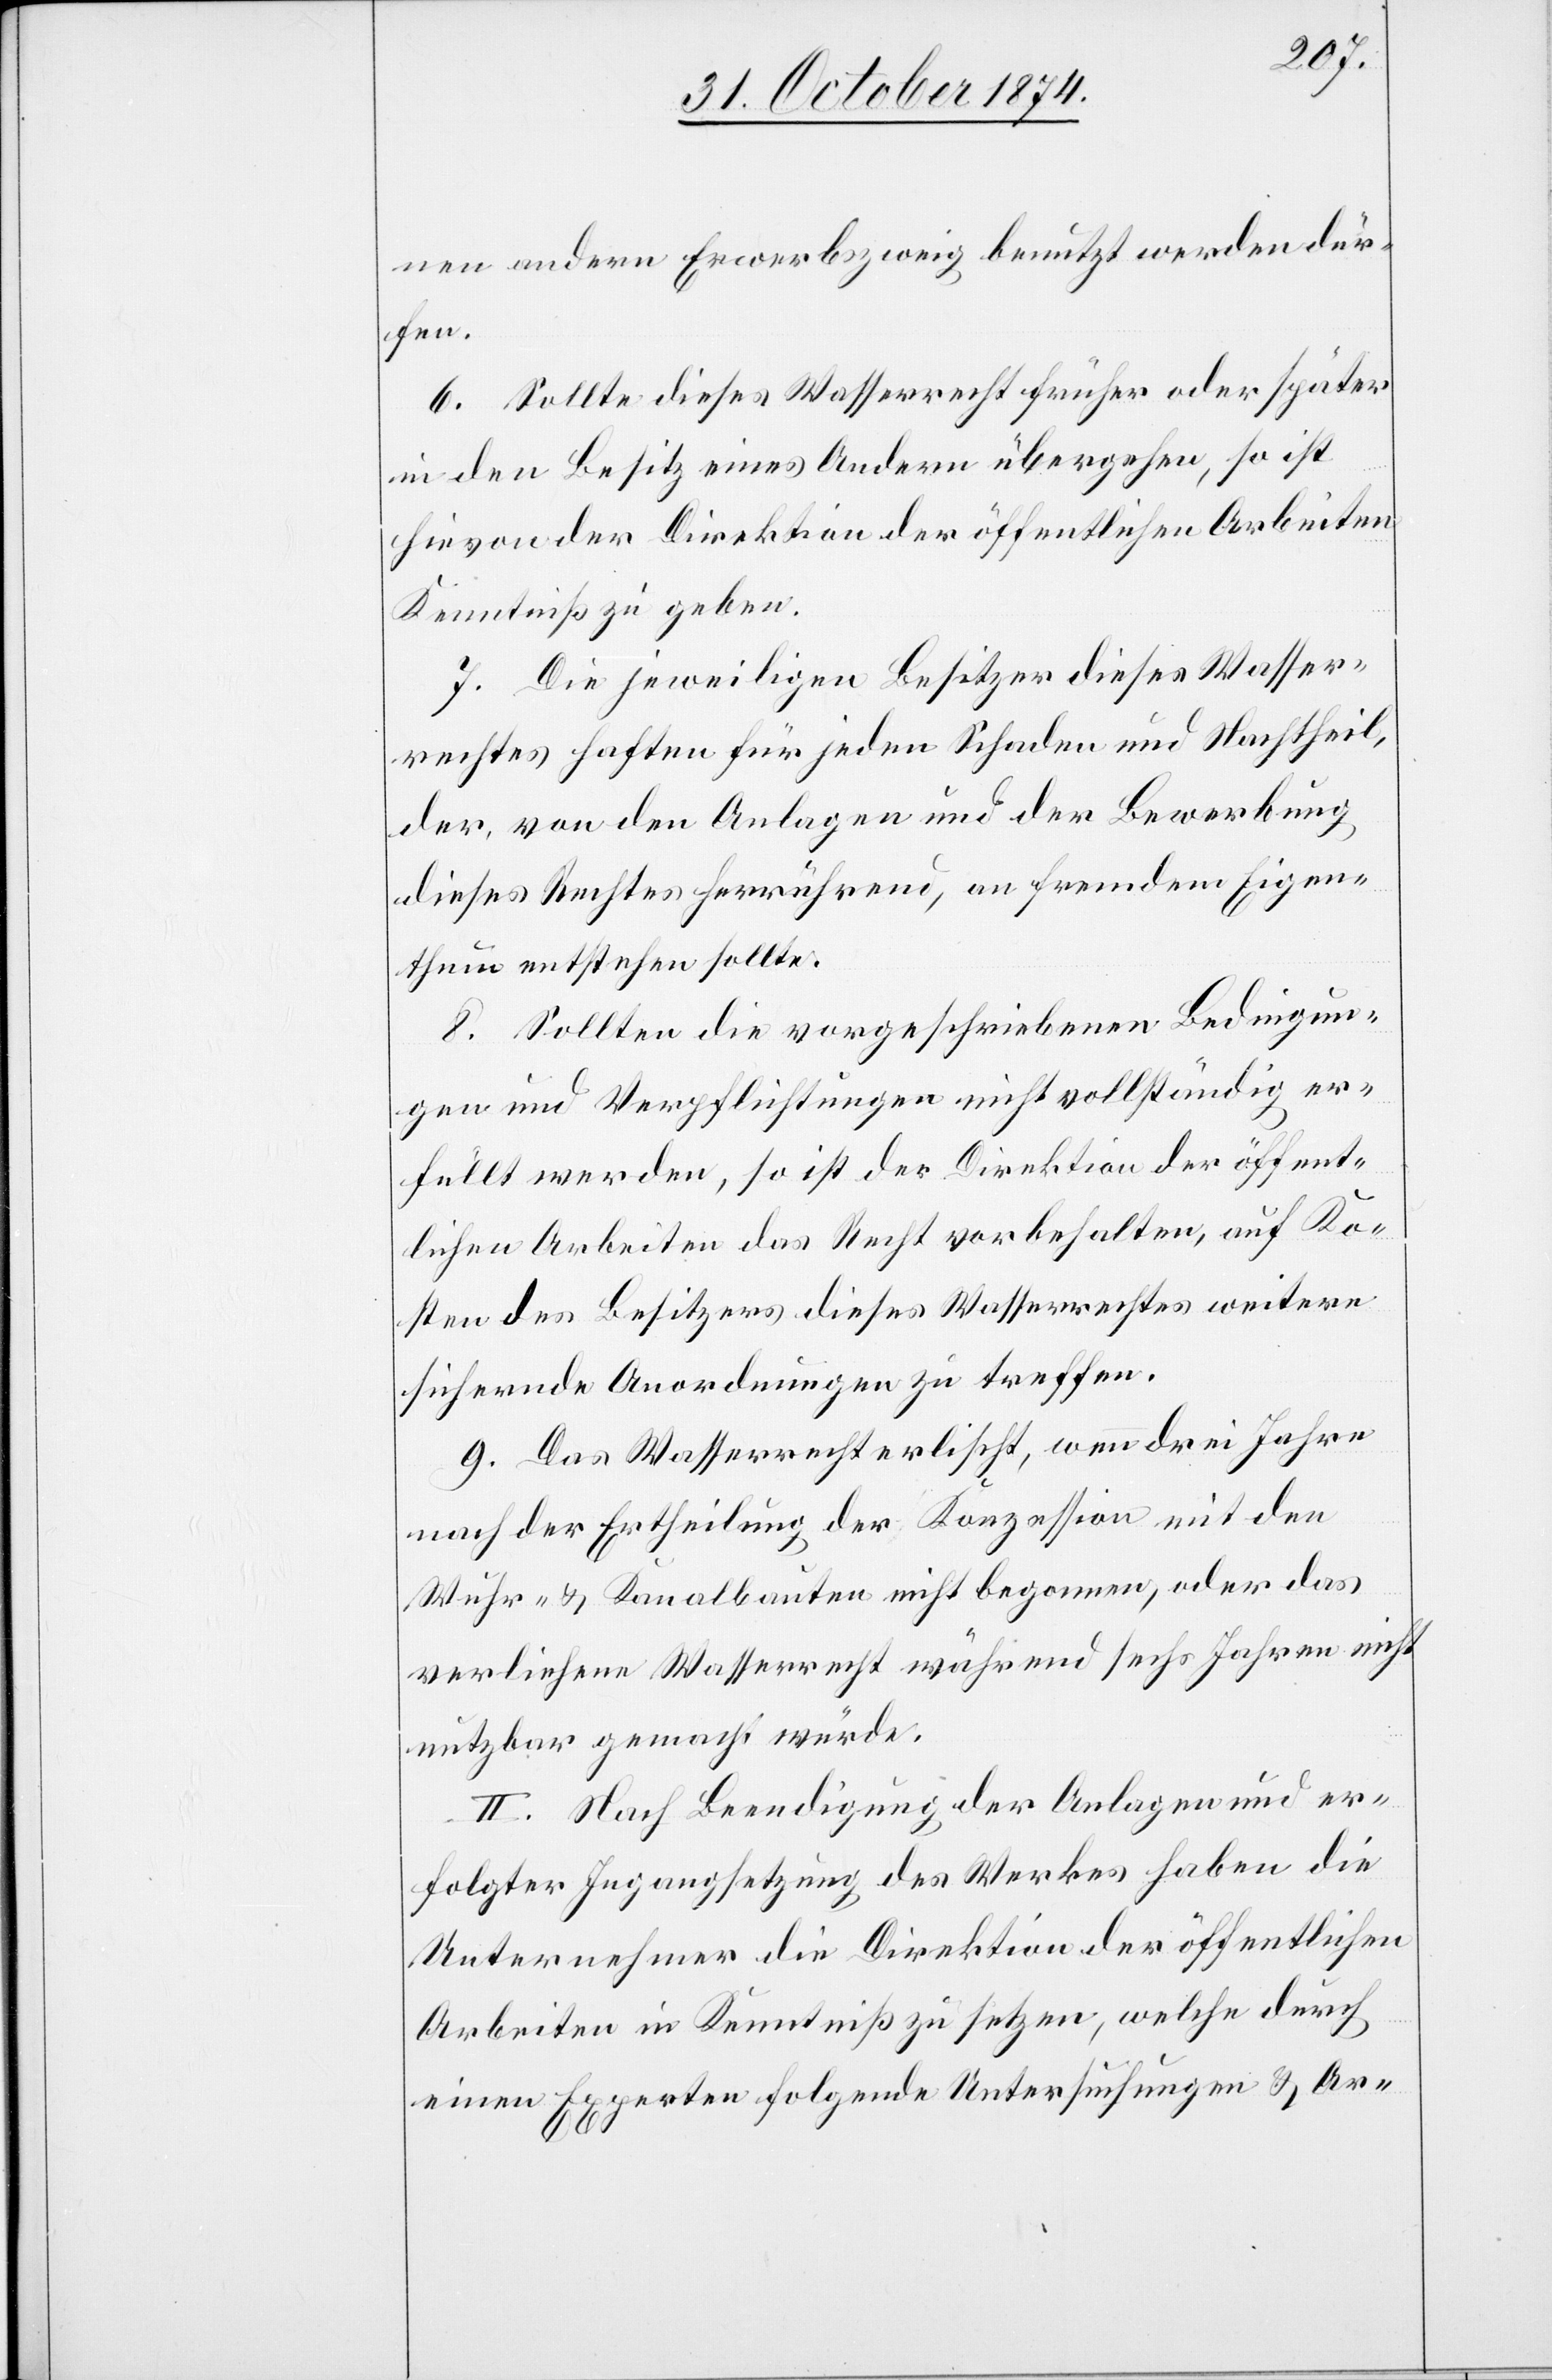
nen andern Erwerbszweig benutzt werden dür¬
fen.
6. Sollte dieses Wasserrecht früher oder später
in den Besitz eines Andern übergehen, so ist
hievon der Direktion der öffentlichen Arbeiten
Kenntniß zu geben.
7. Die jeweiligen Besitzer dieses Wasser¬
rechtes haften für jeden Schaden und Nachtheil,
der, von den Anlagen und der Bewerbung
dieses Rechtes herrührend, an fremdem Eigen¬
thum entstehen sollte.
8. Sollten die vorgeschriebenen Bedingun¬
gen und Verpflichtungen nicht vollständig er¬
füllt werden, so ist der Direktion der öffent¬
lichen Arbeiten das Recht vorbehalten, auf Ko¬
sten des Besitzers dieses Wasserrechtes weitere
sichernde Anordnungen zu treffen.
9. Das Wasserrecht erlischt, wenn drei Jahre
nach der Ertheilung der Konzession mit den
Wuhr- & Kanalbauten nicht begonnen, oder das
verliehene Wasserrecht während sechs Jahren nicht
nutzbar gemacht würde.
II. Nach Beendigung der Anlagen und er¬
folgter Ingangsetzung des Werkes haben die
Unternehmer die Direktion der öffentlichen
Arbeiten in Kenntniß zu setzen, welche durch
einen Experten folgende Untersuchungen & Ar-